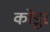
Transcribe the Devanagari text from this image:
कोडूर